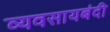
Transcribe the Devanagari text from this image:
व्यवसायबंदी